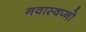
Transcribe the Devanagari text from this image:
नवास्वप्नो